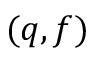
( q , f )